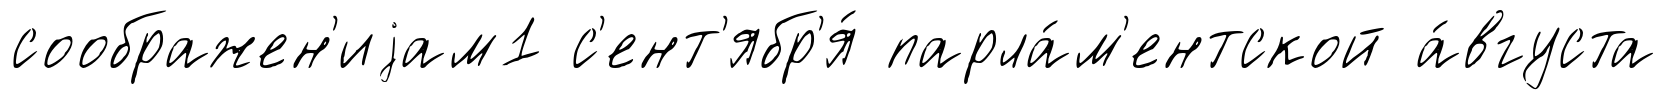
соображен'иjам1 с'ент'ябр'я́ парла́м'ентской а́вгуста